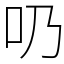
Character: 𠮨